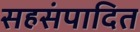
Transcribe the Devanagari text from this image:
सहसंपादित